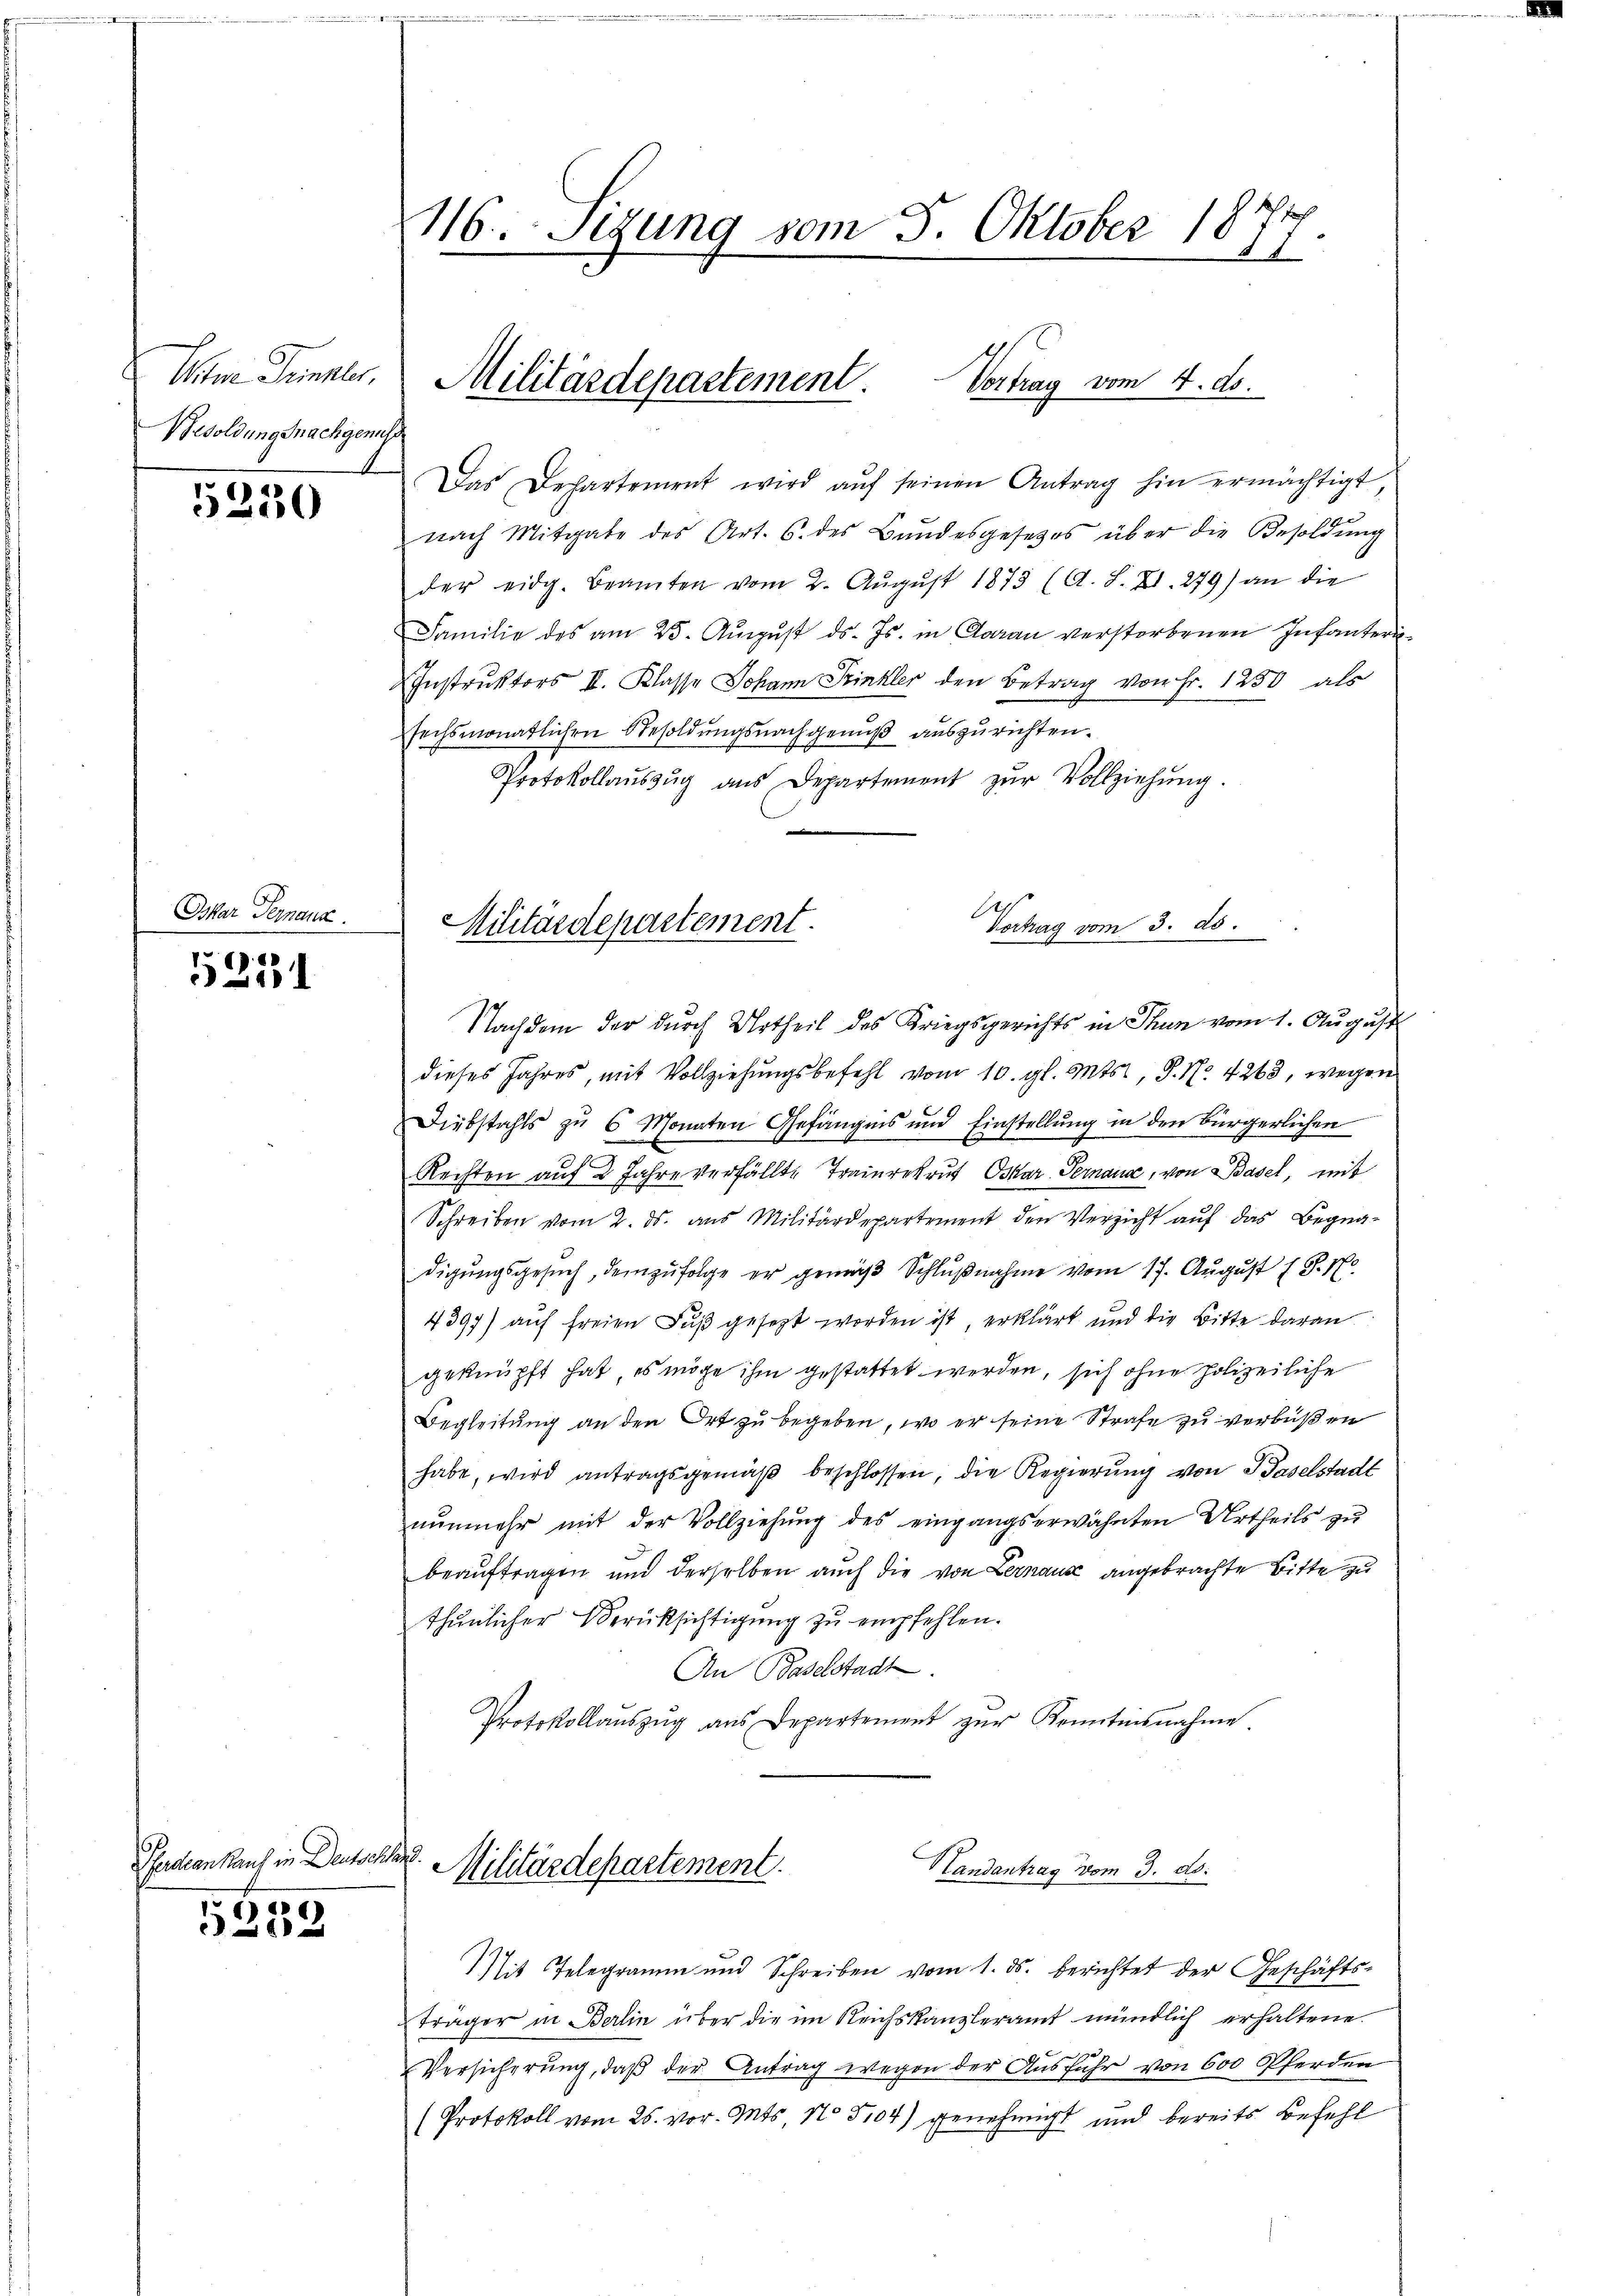
Am Junkler,
Besoldung nachgenuss

Saalen

1230

Oskar Pernanz

5231

uoch in Deuton

5232

116. Segung vom 5. Oktober 1874.

Das Departement wird aŭf seinen Antrag hin ermächtigt,
nach Mitgabe des Art. 6. des Bundesgesetzes über die Besoldung
der eidg. Beamten vom 2. Aŭgŭst 1873 (A. S. XI. 279) an die
Familie des am 25. Aŭgŭst ds. Js. in Claran verstorbenen Infanteri¬
Instruktors II. Klasse Johann Trinkler den Betrag von Fr. 1250 als
echsmonatlichen Besoldungsnachgenuß auszurichten.
Protokollaŭszŭg ans Departement zŭr Vollziehŭng.
Vortrag vom 3. ds.
Militärdepartement.

Militärdepartement. Vortrag vom 4. ds.

.
Landantrag vom 3. ds.
Militärdepartement.

Nachdem der durch Urtheil des Kriegsgerichts in Thun vom 1. August
dieses Jahres, mit Vollziehŭngsbefehl vom 10. gl. Mts., S. Nr. 4263, wegen
Diebstahls zu 6 Monaten Gefängnis und Einstellung in den Bürgerlichen
Rechten auf 2 Jahre verfällte Trainrekrut Oskar Pernana, von Basel, mit
Schreiben vom 2. ds. aus Militärdepartement den Verzicht auf das Begnaf x
digŭngsgesŭch, demzufolge er gemäβ Schlŭβnahme vom 17. Aŭgŭst (S. 1
4397) auf freien Fuß gesezt worden ist, erklärt und die Bitte daran
geknüpft hat, es möge ihm gestattet werden, sich ohne polizeiliche
Begleitŭng an den Ort zu begeben, wo er seine Strafe zu verbüßen
habe, wird antragsgemäß beschlossen, die Regierung von Baselstadt
nŭnmehr mit der Vollziehŭng des eingangserwähnten Urtheils zu
beaŭftragen und derselben auch die von Lernaus angebrachte Bitte zu
thunlicher Berücksichtigung zu empfehlen.
An Baselstadt.
Protokollaŭszŭg aŭs Departement zŭr Kenntnisnahme.

Mit Telegramm und Schreiben vom 1. ds. berichtet der Geschäfts-
träger in Berlin über die im Reichskanzleramt mündlich erhaltene
Versicherung, daß der Antrag wegen der Ausfuhr von 600 Pferden
(Protokoll vom 26. vor. Mts. No 5104) genehmigt und bereits Befehl